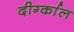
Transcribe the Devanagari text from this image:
दीर्ग्काल